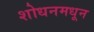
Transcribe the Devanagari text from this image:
शोधनमधून